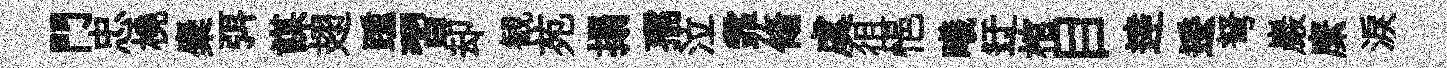
門忠橈麋弭謀翅踵習却観苑搨孺泣霏翛虞徂悒曦迂棺目逹逶弩巖縻淚